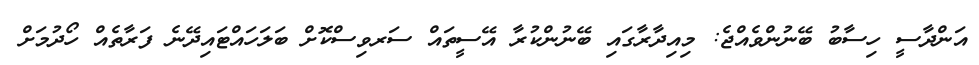
އަންދާސީ ހިސާބު ބޭނުންވެއްޖެ: މިއިދާރާގައި ބޭނުންކުރާ އޭސީތައް ސަރވިސްކޮށް ބަލަހައްޓައިދޭނެ ފަރާތެއް ހޯދުމަށް